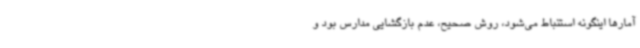
آمارها اینگونه استنباط می‌شود، روش صحیح، عدم بازگشایی مدارس بود و